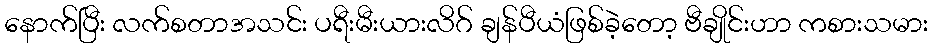
နောက်ပြီး လက်စတာအသင်း ပရီးမီးယားလိဂ် ချန်ပီယံဖြစ်ခဲ့တော့ ဗီချိုင်းဟာ ကစားသမား